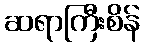
ဆရာကြီးစိန်